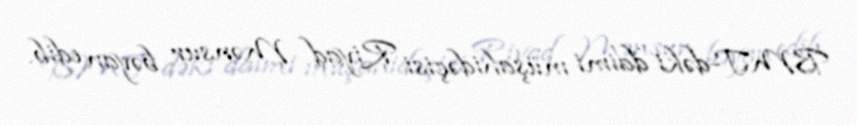
BMT-dəki daimi müşahidəçisi Riyad Mənsur bəyan edib.